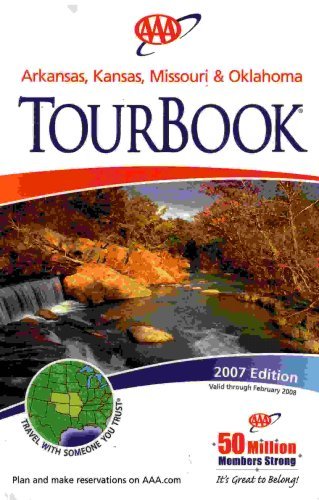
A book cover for AAA Arkansas, Kansas, Missouri & Oklahoma Tourbook: 2007 Edition (2007-460307, 2007 Edition); AAA; Travel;